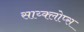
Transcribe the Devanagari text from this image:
साय्क्लोप्स